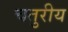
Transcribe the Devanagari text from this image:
चतुरीय